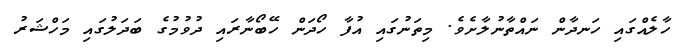
ހާލެއްގައި ހަނދާން ނައްތާނުލާށެވެ. މިތަނުގައި އުފާ ހޯދަން ހޭބޯނާރައި ދުވުމުގެ ބަދަލުގައި މަހްޝަރު